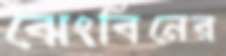
ঝেংবিনের